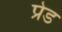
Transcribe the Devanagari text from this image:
प्रेड